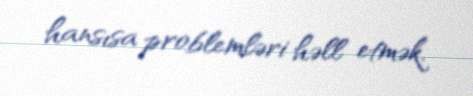
hansısa problemləri həll etmək.